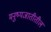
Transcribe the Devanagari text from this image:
मनुष्यजातीतील